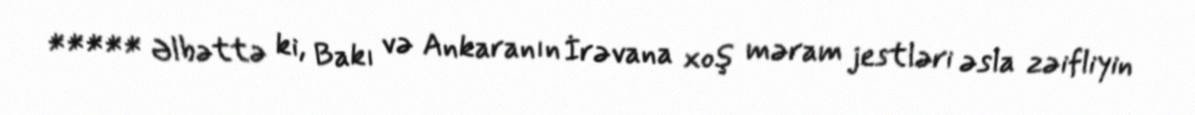
***** Əlbəttə ki, Bakı və Ankaranın İrəvana xoş məram jestləri əsla zəifliyin